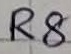
Text: R8